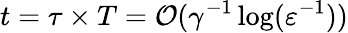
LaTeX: t=\tau\times T=\mathcal{O}(\gamma^{-1}\log(\varepsilon^{-1}))